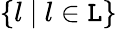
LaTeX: \{ l\ |\ l\in\mathtt{L}\}